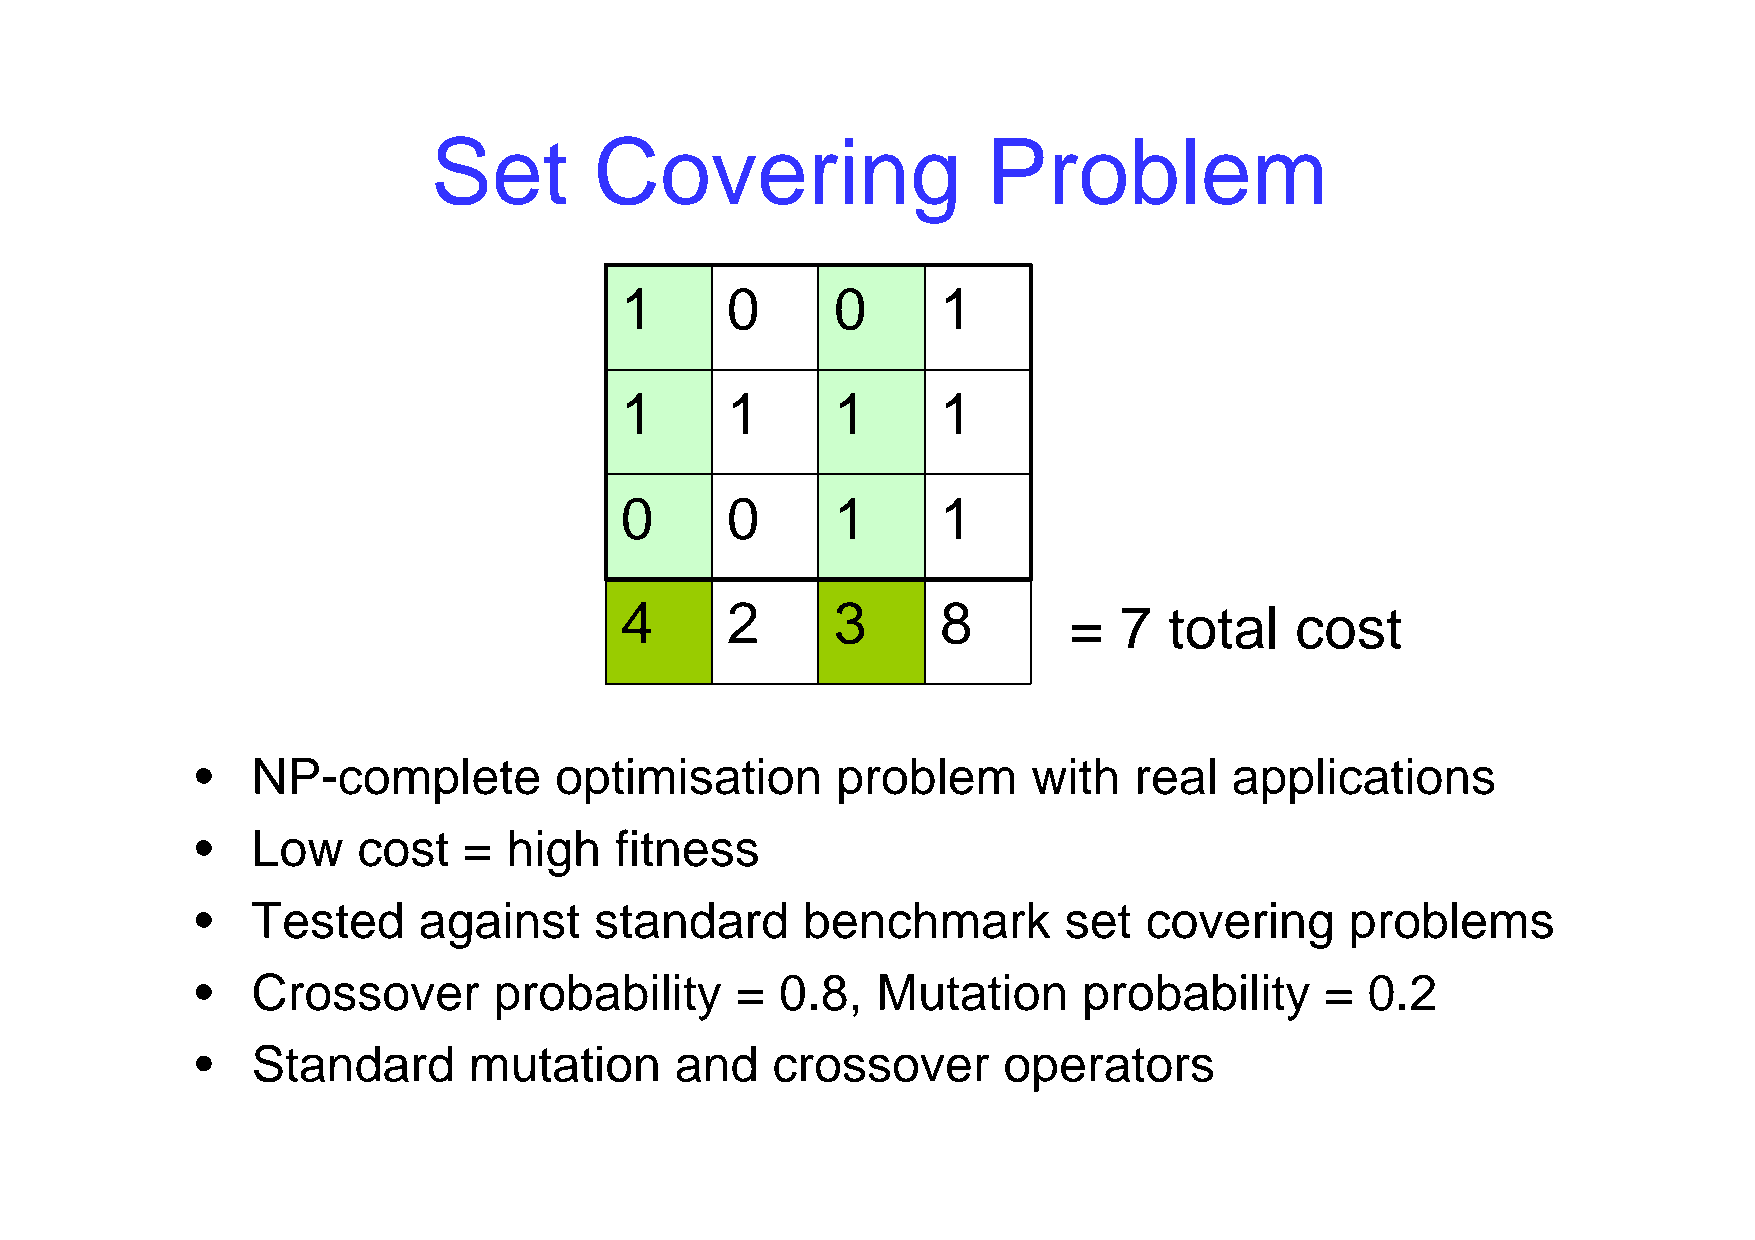
Set       Covering                  Problem
 1      0      0      1
 1      1      1      1
 0      0      1      1
 4      2      3      8        =  7  total    cost
 •   NP-complete         optimisation      problem      with   real   applications
 •   Low    cost   =  high   fitness
 •   Tested     against    standard      benchmark        set   covering     problems
 •   Crossover       probability     =  0.8,  Mutation      probability     =  0.2
 •   Standard      mutation      and   crossover      operators